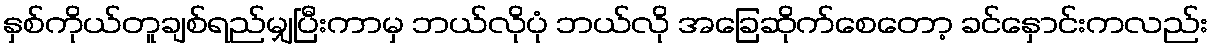
နှစ်ကိုယ်တူချစ်ရည်မျှပြီးကာမှ ဘယ်လိုပုံ ဘယ်လို အခြေဆိုက်စေတော့ ခင်နှောင်းကလည်း